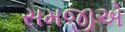
સમજીએ